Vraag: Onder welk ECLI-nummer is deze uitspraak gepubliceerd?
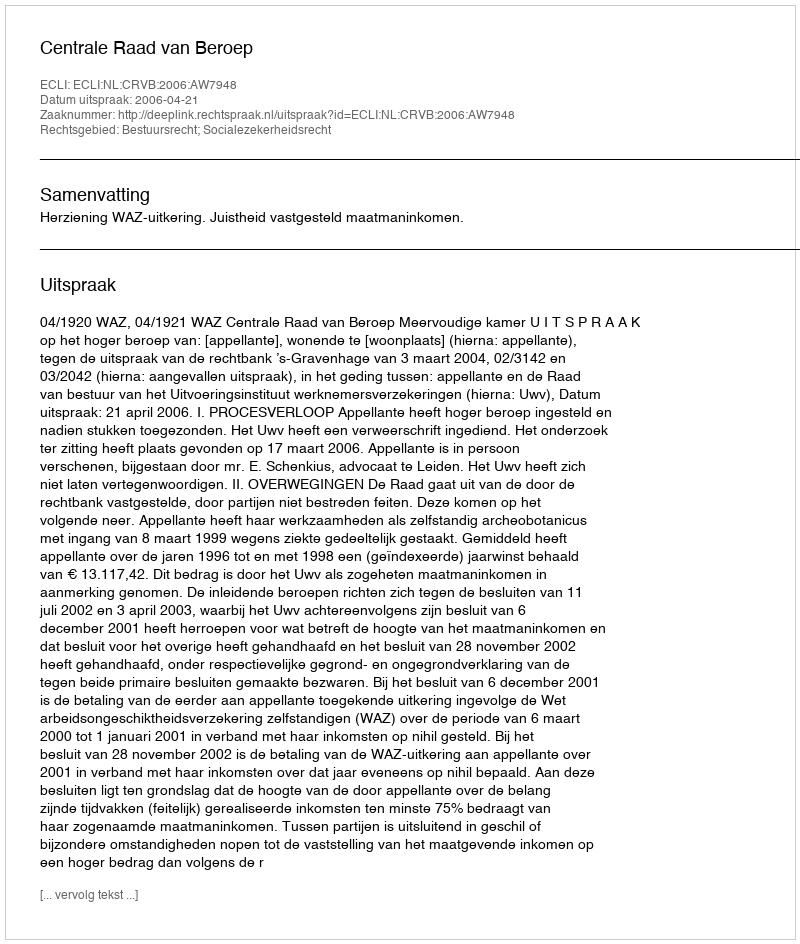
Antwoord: ECLI:NL:CRVB:2006:AW7948